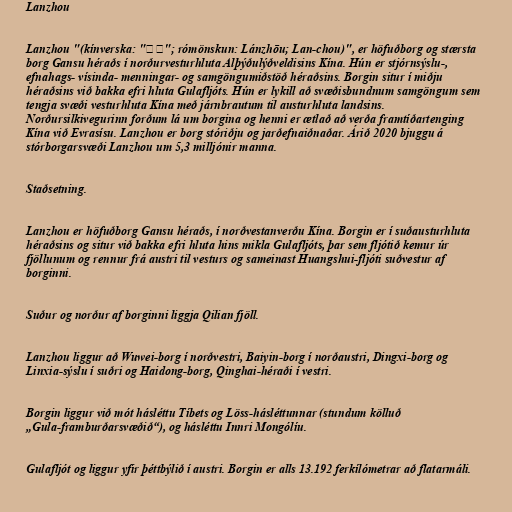
Lanzhou

Lanzhou "(kínverska: "兰州"; rómönskun: Lánzhōu; Lan-chou)", er höfuðborg og stærsta
borg Gansu héraðs í norðurvesturhluta Alþýðulýðveldisins Kína. Hún er stjórnsýslu-,
efnahags- vísinda- menningar- og samgöngumiðstöð héraðsins. Borgin situr í miðju
héraðsins við bakka efri hluta Gulafljóts. Hún er lykill að svæðisbundnum samgöngum sem
tengja svæði vesturhluta Kína með járnbrautum til austurhluta landsins.
Norðursilkivegurinn forðum lá um borgina og henni er ætlað að verða framtíðartenging
Kína við Evrasísu. Lanzhou er borg stóriðju og jarðefnaiðnaðar. Árið 2020 bjuggu á
stórborgarsvæði Lanzhou um 5,3 milljónir manna.

Staðsetning.

Lanzhou er höfuðborg Gansu héraðs, í norðvestanverðu Kína. Borgin er í suðausturhluta
héraðsins og situr við bakka efri hluta hins mikla Gulafljóts, þar sem fljótið kemur úr
fjöllunum og rennur frá austri til vesturs og sameinast Huangshui-fljóti suðvestur af
borginni.

Suður og norður af borginni liggja Qilian fjöll.

Lanzhou liggur að Wuwei-borg í norðvestri, Baiyin-borg í norðaustri, Dingxi-borg og
Linxia-sýslu í suðri og Haidong-borg, Qinghai-héraði í vestri.

Borgin liggur við mót hásléttu Tíbets og Löss-hásléttunnar (stundum kölluð
„Gula-framburðarsvæðið“), og hásléttu Innri Mongólíu.

Gulafljót og liggur yfir þéttbýlið í austri. Borgin er alls 13.192 ferkílómetrar að flatarmáli.